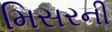
મિસરની